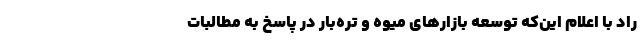
راد با اعلام این‌که توسعه بازارهای میوه و تره‌بار در پاسخ به مطالبات